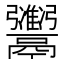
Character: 𫙇